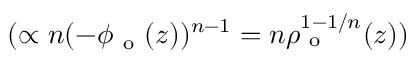
( \propto n ( - \phi _ { \mathrm { ~ o ~ } } ( z ) ) ^ { n - 1 } = n \rho _ { \mathrm { ~ o ~ } } ^ { 1 - 1 / n } ( z ) )